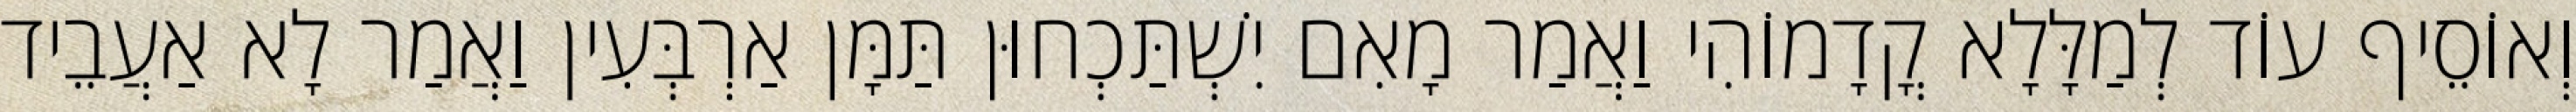
וְאוֹסֵיף עוֹד לְמַלָּלָא קֳדָמוֹהִי וַאֲמַר מָאִם יִשְׁתַּכְחוּן תַּמָּן אַרְבְּעִין וַאֲמַר לָא אַעֲבֵיד